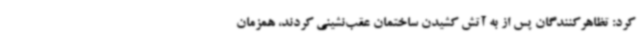
کرد: تظاهرکنندگان پس از به آتش کشیدن ساختمان عقب‌نشینی کردند، همزمان